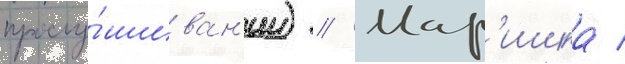
прослу́шиван'ии) // Мар'ишка /